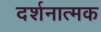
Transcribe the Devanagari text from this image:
दर्शनात्मक